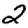
Digit: 2